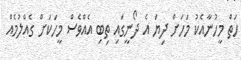
ހަތް މީހުނާއެކު މަހަށް ދިޔަ އެ ދޯނީގައި ތިބި އެއްވެސް މީހަކަށް ގެއްލުމެއް